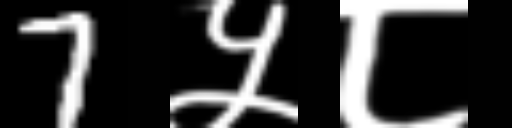
Text: 7५८